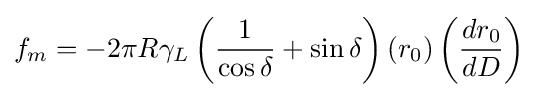
f_{m}=-2\pi R\gamma _{L}\left({\frac {1}{\cos \delta }}+\sin \delta \right)(r_{0})\left({\frac {dr_{0}}{dD}}\right)